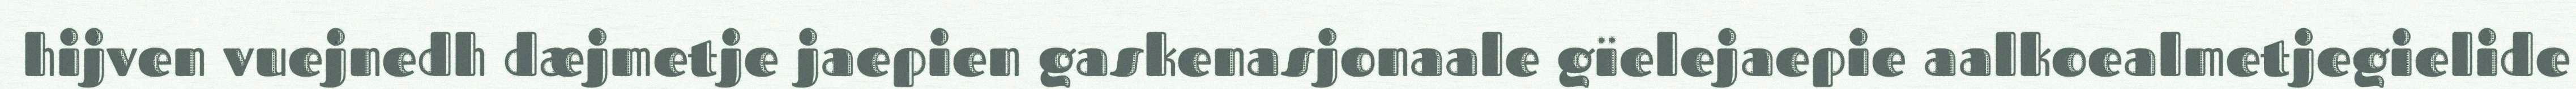
hijven vuejnedh dæjmetje jaepien gaskenasjonaale gïelejaepie aalkoealmetjegielide